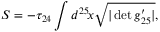
S = - \tau _ { 2 4 } \int d ^ { 2 5 } \! x \sqrt { | \operatorname * { d e t } g _ { 2 5 } ^ { \prime } | } ,